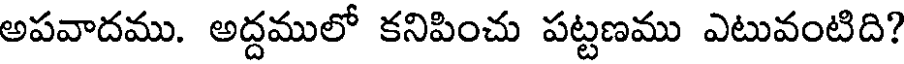
అపవాదము. అద్దములో కనిపించు పట్టణము ఎటువంటిది?